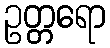
ဥတ္တရော